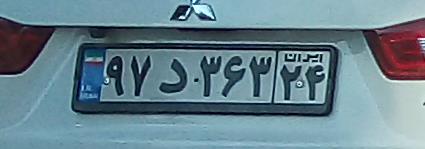
۹۲د۳۶۳۳۴